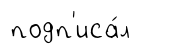
подп'иса́л